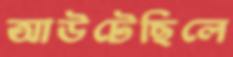
আউটেছিলে